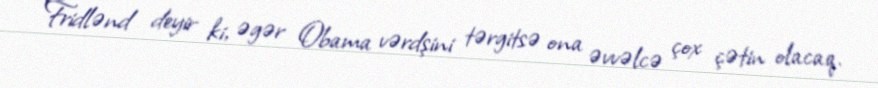
Fridlənd deyir ki, əgər Obama vərdşini tərgitsə ona əvvəlcə çox çətin olacaq.